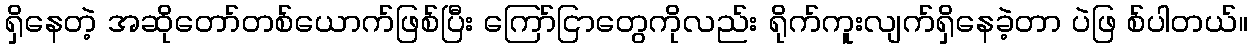
ရှိနေတဲ့ အဆိုတော်တစ်ယောက်ဖြစ်ပြီး ကြော်ငြာတွေကိုလည်း ရိုက်ကူးလျက်ရှိနေခဲ့တာ ပဲဖြ စ်ပါတယ်။